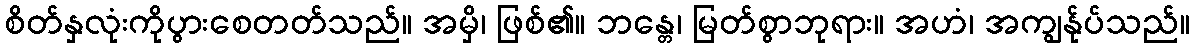
စိတ်နှလုံးကိုပွားစေတတ်သည်။ အမှိ၊ ဖြစ်၏။ ဘန္တေ၊ မြတ်စွာဘုရား။ အဟံ၊ အကျွန်ုပ်သည်။